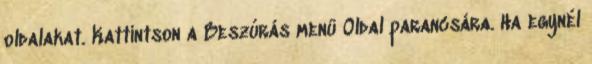
oldalakat. Kattintson a Beszúrás menü Oldal parancsára. Ha egynél